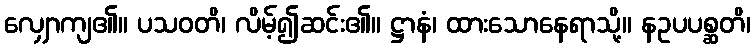
လျှောကျ၏။ ပသဝတိ၊ လိမ့်၍ဆင်း၏။ ဋ္ဌာနံ၊ ထားသောနေရာသို့။ နဥပပစ္ဆတိ၊